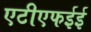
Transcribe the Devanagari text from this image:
एटीएफईई